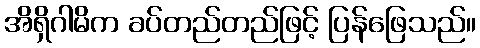
အိရှိဂါမိက ခပ်တည်တည်ဖြင့် ပြန်ဖြေသည်။